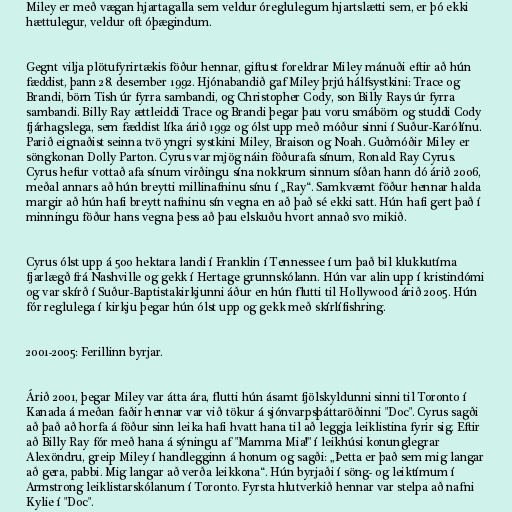
Miley er með vægan hjartagalla sem veldur óreglulegum hjartslætti sem, er þó ekki
hættulegur, veldur oft óþægindum.

Gegnt vilja plötufyrirtækis föður hennar, giftust foreldrar Miley mánuði eftir að hún
fæddist, þann 28. desember 1992. Hjónabandið gaf Miley þrjú hálfsystkini: Trace og
Brandi, börn Tish úr fyrra sambandi, og Christopher Cody, son Billy Rays úr fyrra
sambandi. Billy Ray ættleiddi Trace og Brandi þegar þau voru smábörn og studdi Cody
fjárhagslega, sem fæddist líka árið 1992 og ólst upp með móður sinni í Suður-Karólínu.
Parið eignaðist seinna tvö yngri systkini Miley, Braison og Noah. Guðmóðir Miley er
söngkonan Dolly Parton. Cyrus var mjög náin föðurafa sínum, Ronald Ray Cyrus.
Cyrus hefur vottað afa sínum virðingu sína nokkrum sinnum síðan hann dó árið 2006,
meðal annars að hún breytti millinafninu sínu í „Ray“. Samkvæmt föður hennar halda
margir að hún hafi breytt nafninu sín vegna en að það sé ekki satt. Hún hafi gert það í
minningu föður hans vegna þess að þau elskuðu hvort annað svo mikið.

Cyrus ólst upp á 500 hektara landi í Franklin í Tennessee í um það bil klukkutíma
fjarlægð frá Nashville og gekk í Hertage grunnskólann. Hún var alin upp í kristindómi
og var skírð í Suður-Baptistakirkjunni áður en hún flutti til Hollywood árið 2005. Hún
fór reglulega í kirkju þegar hún ólst upp og gekk með skírlífishring.

2001-2005: Ferillinn byrjar.

Árið 2001, þegar Miley var átta ára, flutti hún ásamt fjölskyldunni sinni til Toronto í
Kanada á meðan faðir hennar var við tökur á sjónvarpsþáttaröðinni "Doc". Cyrus sagði
að það að horfa á föður sinn leika hafi hvatt hana til að leggja leiklistina fyrir sig. Eftir
að Billy Ray fór með hana á sýningu af "Mamma Mia!" í leikhúsi konunglegrar
Alexöndru, greip Miley í handlegginn á honum og sagði: „Þetta er það sem mig langar
að gera, pabbi. Mig langar að verða leikkona“. Hún byrjaði í söng- og leiktímum í
Armstrong leiklistarskólanum í Toronto. Fyrsta hlutverkið hennar var stelpa að nafni
Kylie í "Doc".